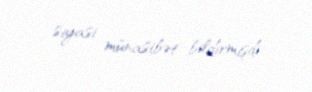
siyasi münasibət bildirmişdi.